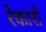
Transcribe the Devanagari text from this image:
रेकारो